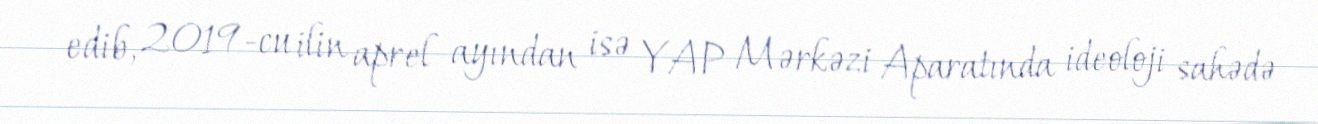
edib, 2019-cu ilin aprel ayından isə YAP Mərkəzi Aparatında ideoloji sahədə